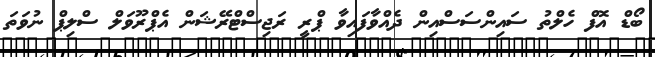
ބޯޑް އޮފް ހެލްތު ސައިންސަސްއިން ދެއްވާފައިވާ ޕްރީ ރަޖިސްޓްރޭޝަން އެޕްރޫވަލް ސްލިޕް ނުވަތަ